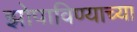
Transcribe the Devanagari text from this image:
झोपाविण्याच्या